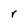
Character: r